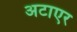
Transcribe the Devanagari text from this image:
अटाएर